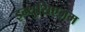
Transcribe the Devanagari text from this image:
इन्थुसिएज़म